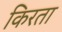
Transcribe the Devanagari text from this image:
किरता